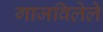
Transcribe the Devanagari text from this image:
गाजविलेले